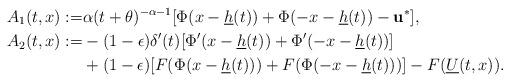
LaTeX: \begin{align*}A_1(t,x):= &\alpha(t+\theta)^{-\alpha-1}[\Phi(x-\underline h(t))+\Phi(-x-\underline h(t))-\mathbf{u}^*],\\A_2(t,x):=&- (1-\epsilon) \delta'(t)[\Phi'(x-\underline h(t))+\Phi'(-x-\underline h(t))]\\&+(1-\epsilon)[F(\Phi(x-\underline h(t)))+ F(\Phi(-x-\underline h(t)))]- F(\underline U(t,x)).\end{align*}